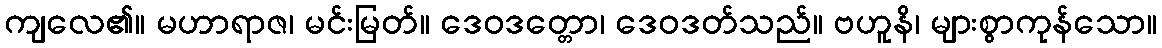
ကျလေ၏။ မဟာရာဇ၊ မင်းမြတ်။ ဒေဝဒတ္တော၊ ဒေဝဒတ်သည်။ ဗဟူနိ၊ များစွာကုန်သော။